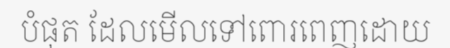
បំផុត ដែលមើលទៅពោរពេញដោយ